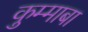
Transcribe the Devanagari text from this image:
कुम्माबा